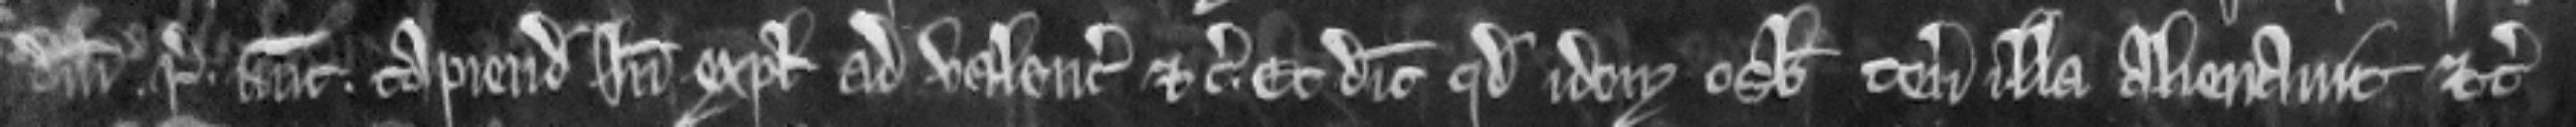
domini regis nune capiendo inde explecia ad valenciam etc. Et dicit quod idem Osbertus tenementa illa alienavit etc.